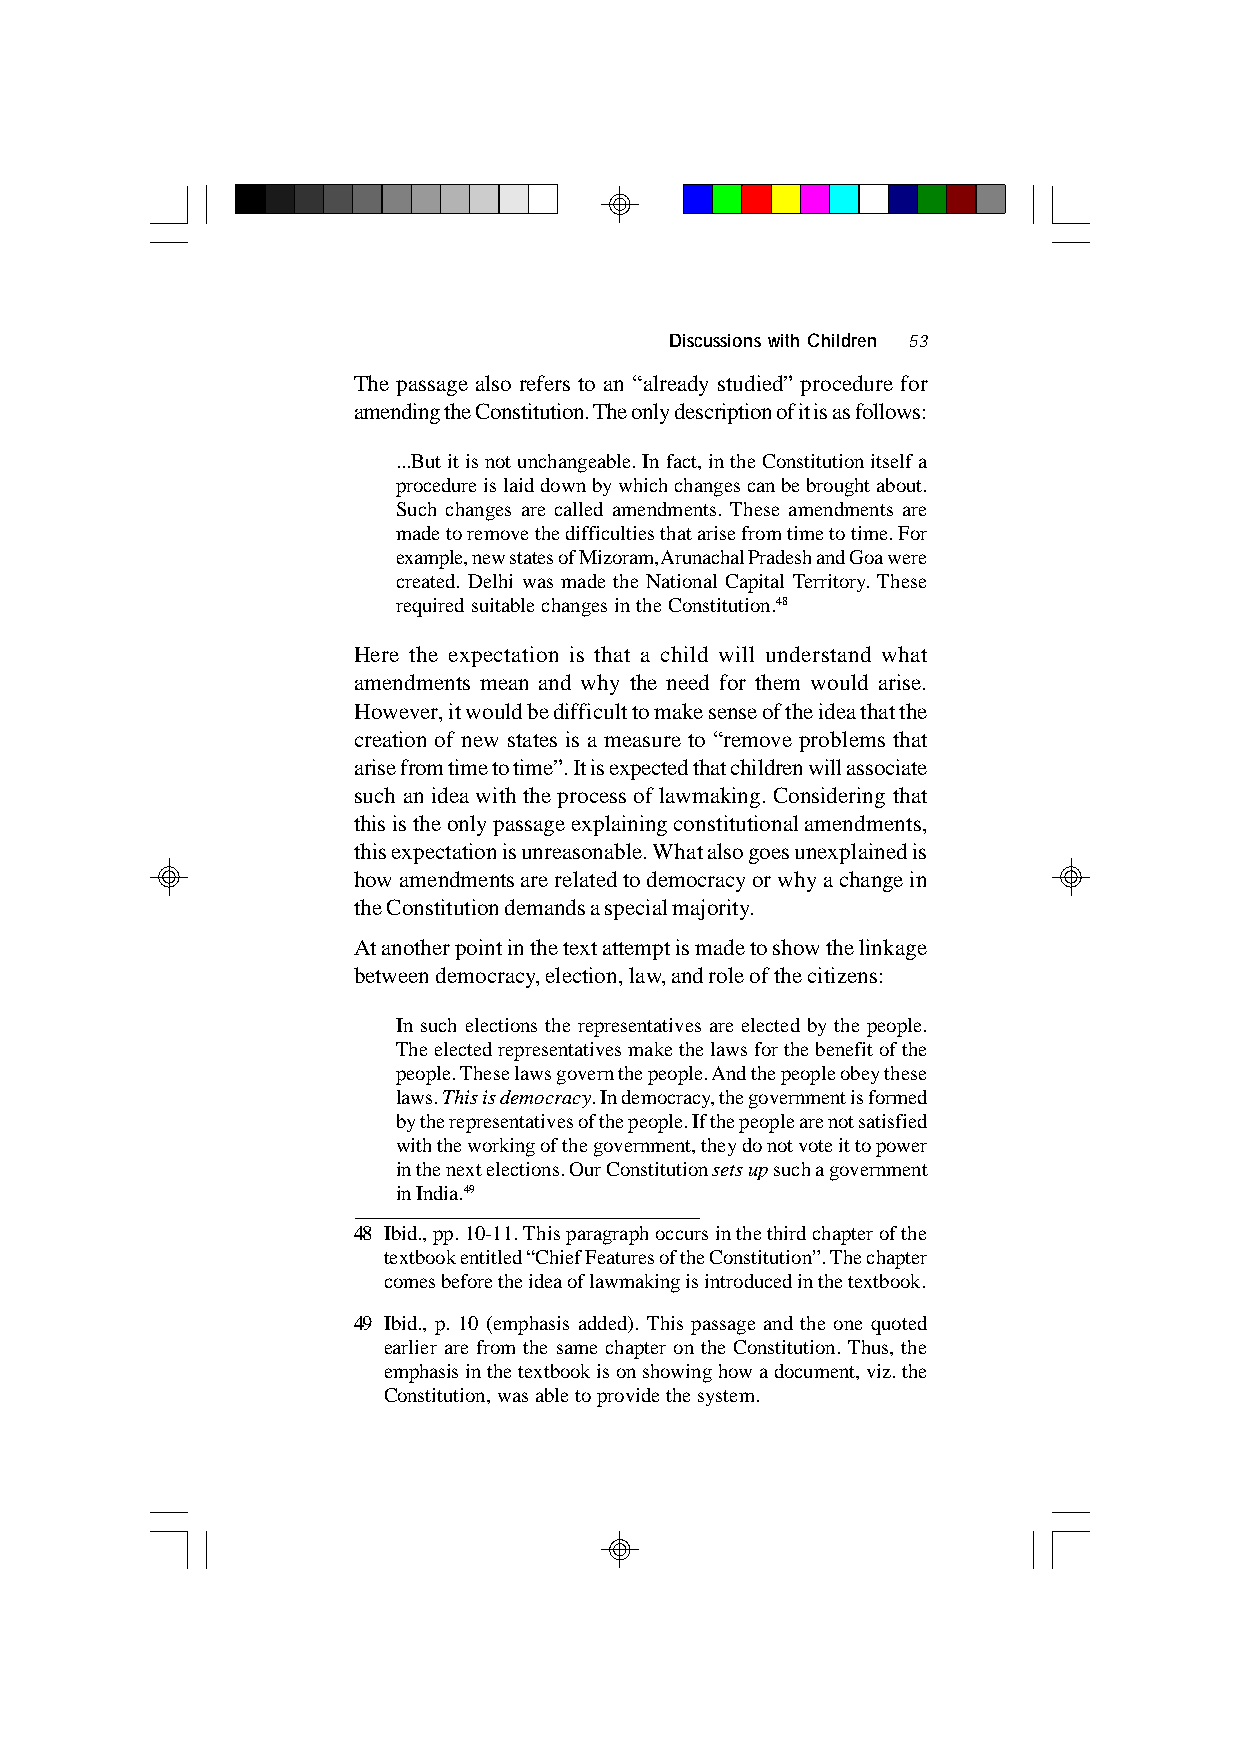
Discussions with Children 53
 The passage also refers to an “already studied” procedure for
 amending the Constitution. The only description of it is as follows:
 ...But it is not unchangeable. In fact, in the Constitution itself a
 procedure is laid down by which changes can be brought about.
 Such changes are called amendments. These amendments are
 made to remove the difficulties that arise from time to time. For
 example, new states of Mizoram, Arunachal Pradesh and Goa were
 created. Delhi was made the National Capital Territory. These
 required suitable changes in the Constitution.48
 Here the expectation is that a child will understand what
 amendments mean and why the need for them would arise.
 However, it would be difficult to make sense of the idea that the
 creation of new states is a measure to “remove problems that
 arise from time to time”. It is expected that children will associate
 such an idea with the process of lawmaking. Considering that
 this is the only passage explaining constitutional amendments,
 this expectation is unreasonable. What also goes unexplained is
 how amendments are related to democracy or why a change in
 the Constitution demands a special majority.
 At another point in the text attempt is made to show the linkage
 between democracy, election, law, and role of the citizens:
 In such elections the representatives are elected by the people.
 The elected representatives make the laws for the benefit of the
 people. These laws govern the people. And the people obey these
 laws. This is democracy. In democracy, the government is formed
 by the representatives of the people. If the people are not satisfied
 with the working of the government, they do not vote it to power
 in the next elections. Our Constitution sets up such a government
 in India.49
 48 Ibid., pp. 10-11. This paragraph occurs in the third chapter of the
 textbook entitled “Chief Features of the Constitution”. The chapter
 comes before the idea of lawmaking is introduced in the textbook.
 49 Ibid., p. 10 (emphasis added). This passage and the one quoted
 earlier are from the same chapter on the Constitution. Thus, the
 emphasis in the textbook is on showing how a document, viz. the
 Constitution, was able to provide the system.